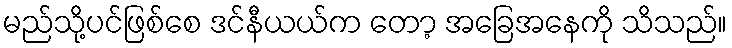
မည်သို့ပင်ဖြစ်စေ ဒင်နီယယ်က တော့ အခြေအနေကို သိသည်။